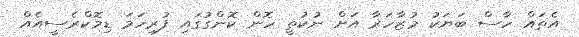
އެތައް ހާސް ބަޔަކު މުޒާހަރާ އަށް ނުކުތީ ހޮން ކޮންގުގައި ފުރިހަމަ ޑިމޮކްރެސީއެއް